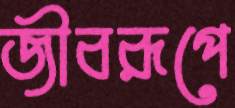
জীবরূপে